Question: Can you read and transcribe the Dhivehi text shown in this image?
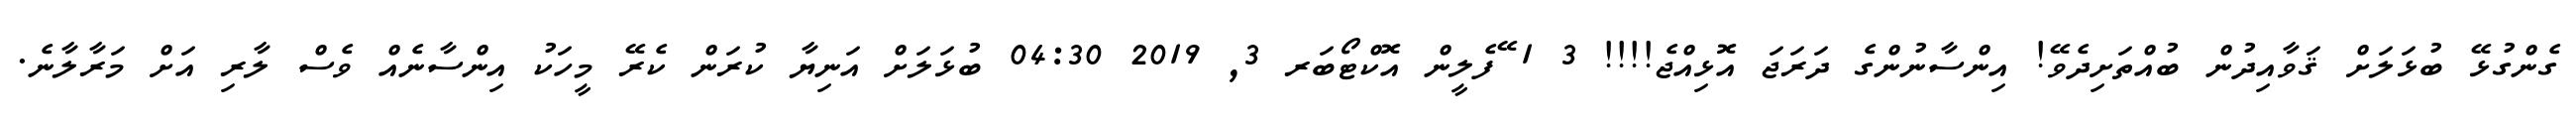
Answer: ގެންގުޅޭ ބުޅަލަށް ޤަވާއިދުން ބުއްތަށިދެވޭ! އިންސާނުންގެ ދަރަޖަ އޮޅިއްޖެ!!!! 3 1 ޭފެލީން އޮކްޓޯބަރ 3, 2019 04:30 ބުޅަލަށް އަނިޔާ ކުރަން ކެރޭ މީހަކު އިންސާނެއް ވެސް ލާރި އަށް މަރާލާނެ.